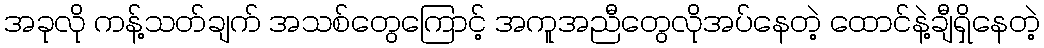
အခုလို ကန့်သတ်ချက် အသစ်တွေကြောင့် အကူအညီတွေလိုအပ်နေတဲ့ ထောင်နဲ့ချီရှိနေတဲ့